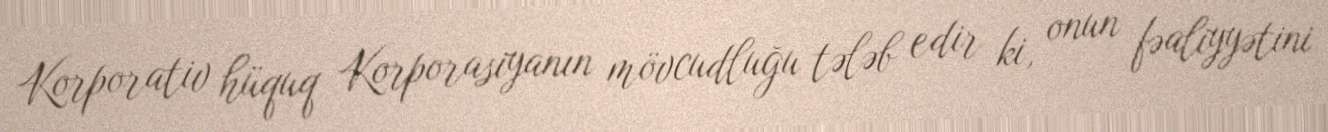
Korporativ hüquq Korporasiyanın mövcudluğu tələb edir ki, onun fəaliyyətini